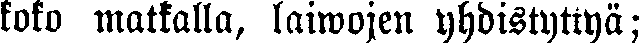
koko matkalla, laiwojen yhdistyttyä;